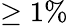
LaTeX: \geq 1\%